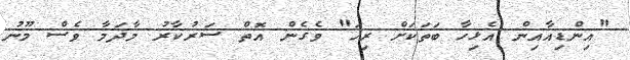
"އިންޑިއާއިން އެޅިހާ ބަތަކަށް ރިހަ" ވެގެން އޮތް ސަރުކާރު މާދަމާ ވެސް މޫނު